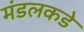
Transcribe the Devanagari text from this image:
मंडलकडे